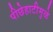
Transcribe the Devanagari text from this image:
पीछेहाटीमुळे